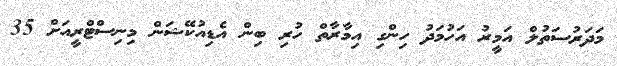
މަދަރުސަތުލް އަމީރު އަހުމަދު ހިންގި އިމާރާތް ހުރި ބިން އެޑިއުކޭޝަން މިނިސްޓްރީއަށް 35